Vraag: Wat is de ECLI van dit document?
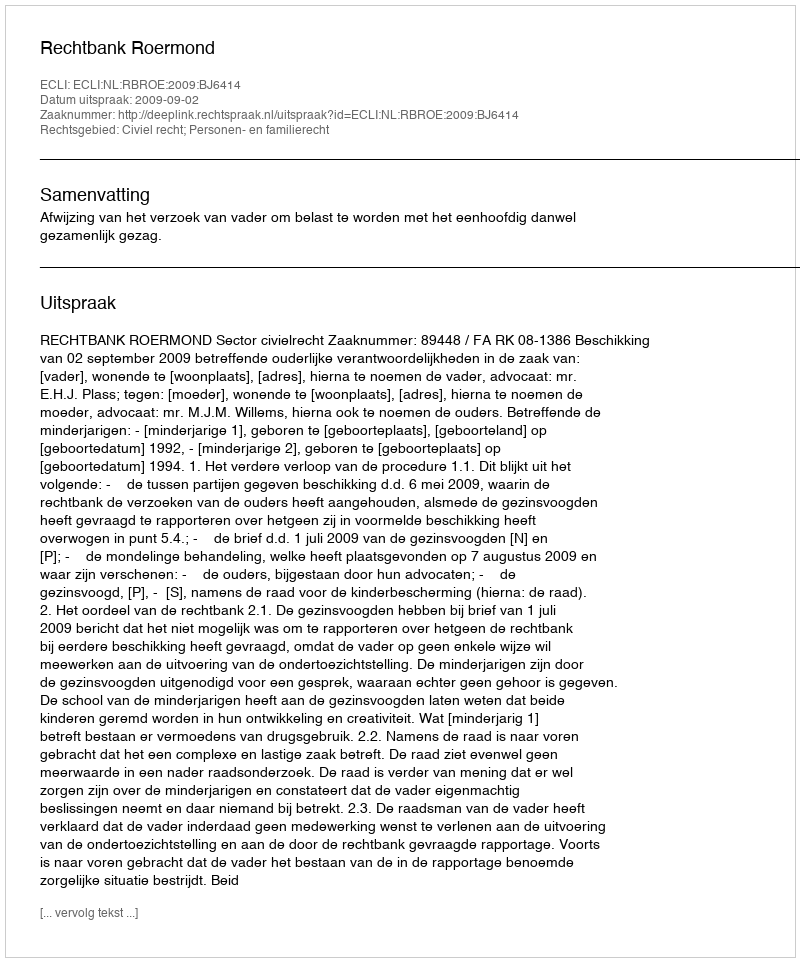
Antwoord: ECLI:NL:RBROE:2009:BJ6414